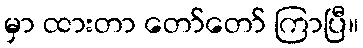
မှာ ထားတာ တော်တော် ကြာပြီ။